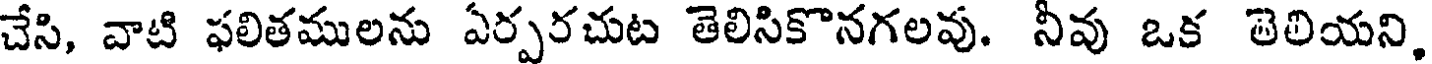
చేసి, వాటి ఫలితములను ఏర్పరచుట తెలిసికొనగలవు. నీవు ఒక తెలియని,